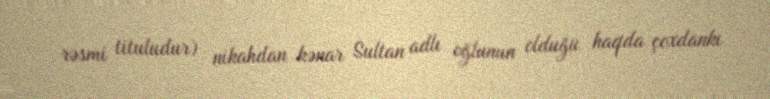
rəsmi tituludur) nikahdan kənar Sultan adlı oğlunun olduğu haqda çoxdankı